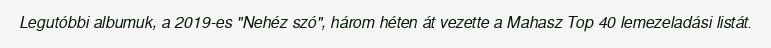
Legutóbbi albumuk, a 2019-es "Nehéz szó", három héten át vezette a Mahasz Top 40 lemezeladási listát.